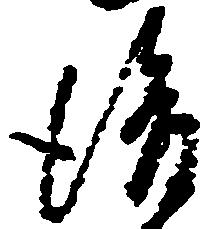
後